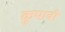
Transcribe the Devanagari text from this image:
कुपात्री